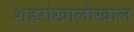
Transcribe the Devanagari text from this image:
शहरांखालोखाल